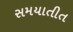
સમયાતીત